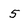
Character: 5